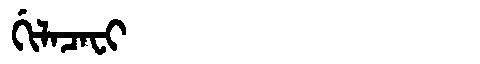
Manchu: ᡤᡳᠯᠠᠴᠠᠸᡳ
Romanization: GILACAFI